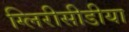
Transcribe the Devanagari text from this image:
ग्लिरीसीडीया